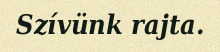
Szívünk rajta.